Report on the treatment of epidemic cholera: from information collected by the governments of Bengal, Madras, Bombay, N.W. Provinces, Punjab, Oudh, and Central India, by order of the Government of India
Disease focus: Cholera
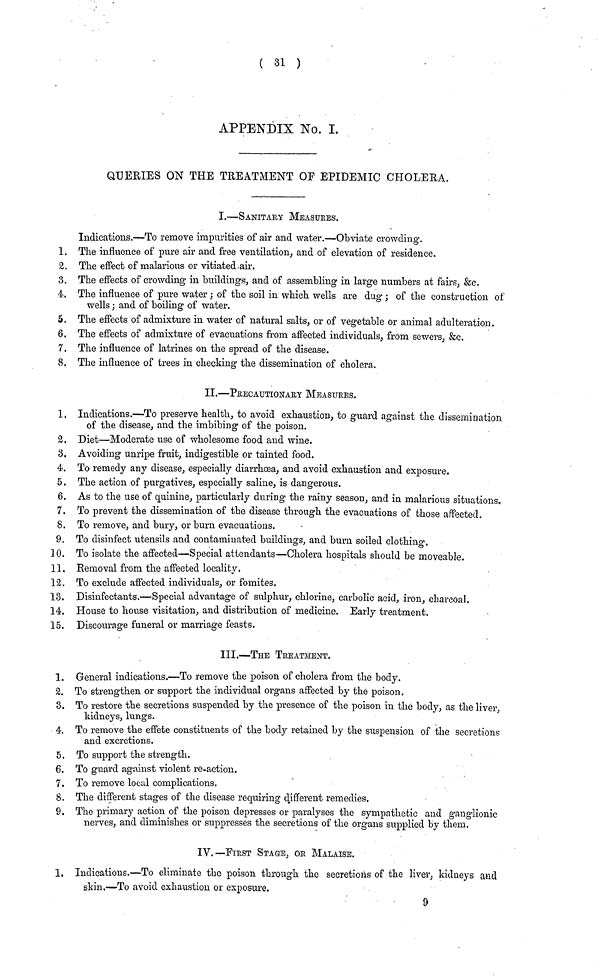
( 31 )
APPENDIX No. I.
QUERIES ON THE TREATMENT OF EPIDEMIC CHOLERA.
I.—SANITARY MEASURES.
Indications.—To remove impurities of air and water.—Obviate crowding.
1. The influence of pure air and free ventilation, and of elevation of residence.
2. The effect of malarious or vitiated air.
3. The effects of crowding in buildings, and of assembling in large numbers at fairs, &c.
4. The influence of pure water; of the soil in which wells are dug; of the construction of
wells; and of boiling of water.
5. The effects of admixture in water of natural salts, or of vegetable or animal adulteration.
6. The effects of admixture of evacuations from affected individuals, from sewers, &c.
7. The influence of latrines on the spread of the disease.
8. The influence of trees in checking the dissemination of cholera.
II.—PRECAUTIONARY MEASURES.
1. Indications.—To preserve health, to avoid exhaustion, to guard against the dissemination
of the disease, and the imbibing of the poison.
2. Diet—Moderate use of wholesome food and wine.
3. Avoiding unripe fruit, indigestible or tainted food.
4. To remedy any disease, especially diarrhoea, and avoid exhaustion and exposure.
5. The action of purgatives, especially saline, is dangerous.
6. As to the use of quinine, particularly during the rainy season, and in malarious situations
7. To prevent the dissemination of the disease through the evacuations of those affected.
8. To remove, and bury, or burn evacuations.
9. To disinfect utensils and contaminated buildings, and burn soiled clothing.
10. To isolate the affected—Special attendants—Cholera hospitals should be moveable.
11. Removal from the affected locality.
12. To exclude affected individuals, or fomites.
13. Disinfectants.—Special advantage of sulphur, chlorine, carbolic acid, iron, charcoal.
14. House to house visitation, and distribution of medicine. Early treatment.
15. Discourage funeral or marriage feasts.
III.—THE TREATMENT.
1. General indications.—To remove the poison of cholera from the body.
2. To strengthen or support the individual organs affected by the poison.
3. To restore the secretions suspended by the presence of the poison in the body, as the liver,
kidneys, lungs.
4. To remove the effete constituents of the body retained by the suspension of the secretions
and excretions.
5. To support the strength.
6. To guard against violent re-action.
7. To remove local complications.
8. The different stages of the disease requiring different remedies.
9. The primary action of the poison depresses or paralyses the sympathetic and ganglionic
nerves, and diminishes or suppresses the secretions of the organs supplied by them.
IV.—FIRST STAGE, OR MALAISE.
1. Indications.—To eliminate the poison through the secretions of the liver, kidneys and
skin.—To avoid exhaustion or exposure.
9